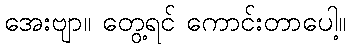
အေးဗျာ။ တွေ့ရင် ကောင်းတာပေါ့။